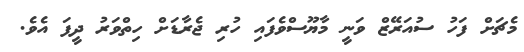
މެޗަށް ފަހު ސުއަރޭޒް ވަނީ މާޔޫސްވެފައި ހުރި ޖެރާޑަށް ހިތްވަރު ދީފަ އެވެ.